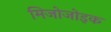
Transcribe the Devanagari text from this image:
मिजोजोइक